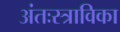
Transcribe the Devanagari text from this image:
अंतःस्त्राविका